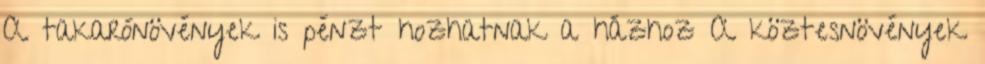
A takarónövények is pénzt hozhatnak a házhoz A köztesnövények